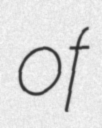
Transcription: of